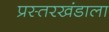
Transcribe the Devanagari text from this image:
प्रस्तरखंडाला